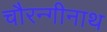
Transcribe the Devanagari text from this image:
चौरन्गीनाथ